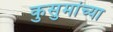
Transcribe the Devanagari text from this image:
कुसुमांच्या